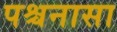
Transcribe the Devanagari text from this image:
पश्चनासा